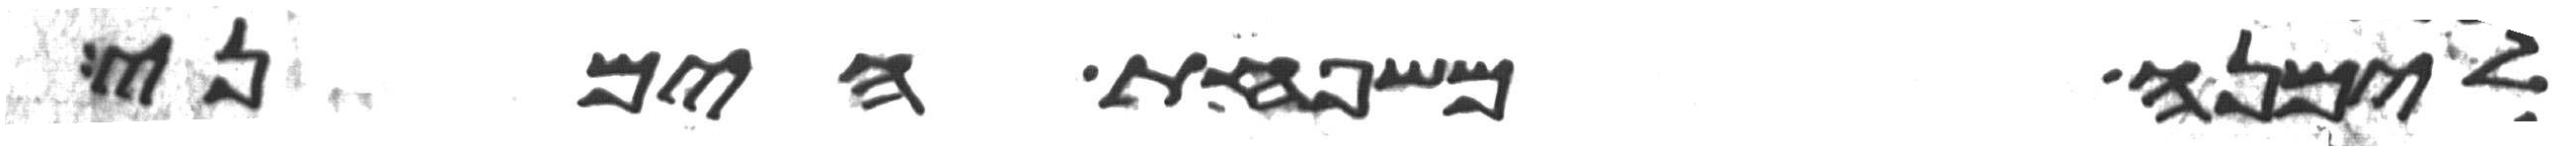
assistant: לימנה משפחת הימני